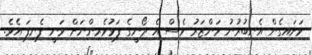
ވަށައިގެން އެނބުރުނު މަންޒަރު ވެސް އެ ދޯނީގެ ފަޅުވެރިންނަށް ވަނީ ފެނިފަ އެވެ.